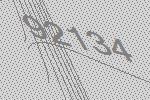
92134